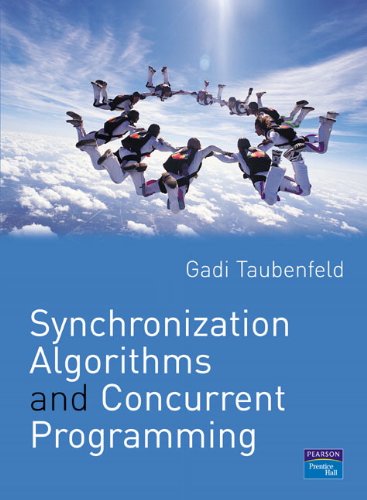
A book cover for Synchronization Algorithms and Concurrent Programming; Gadi Taubenfeld; Computers & Technology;